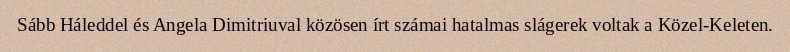
Sább Háleddel és Angela Dimitriuval közösen írt számai hatalmas slágerek voltak a Közel-Keleten.